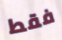
فقط